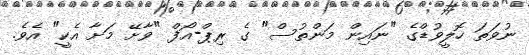
ނުވަތަ ހޮލީވުޑްގެ "ނައިން މަންތުސް" ގެ ރިޕް-އޯފް "ވާށޭ މަށާ އެކީ" އެވެ.